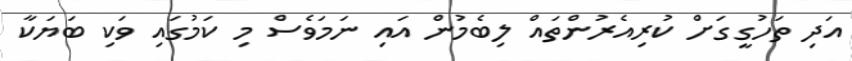
އަދި ތަހުގީގަށް ކުރިއެރުންތައް ލިބެމުން އައި ނަމަވެސް މި ކަމުގައި ވަކި ބަޔަކާ